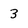
Character: 3